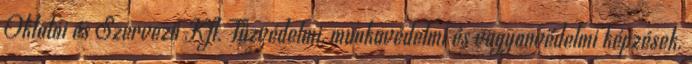
Oktatói és Szervező Kft. Tűzvédelmi, munkavédelmi és vagyonvédelmi képzések.